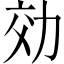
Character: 効